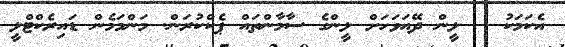
އެކަމަކު   ލީން ދޭއަވަހަށް ލީންގެ ސާމާންތައް ޕެކްކުރަން. މަންމަމެން ޑައިރެކްޓްލީ